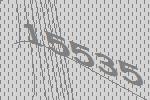
15535